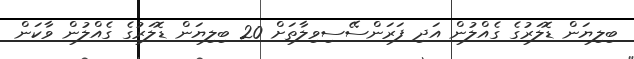
ބިލިޔަން ޑޮލަރުގެ ގެއްލުން އަދި ފަރަންސޭސިވިލާތަށް 20 ބިލިޔަން ޑޮލަރުގެ ގެއްލުން ވާކަން